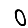
Digit: 0